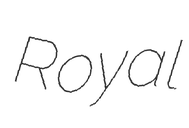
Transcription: Royal